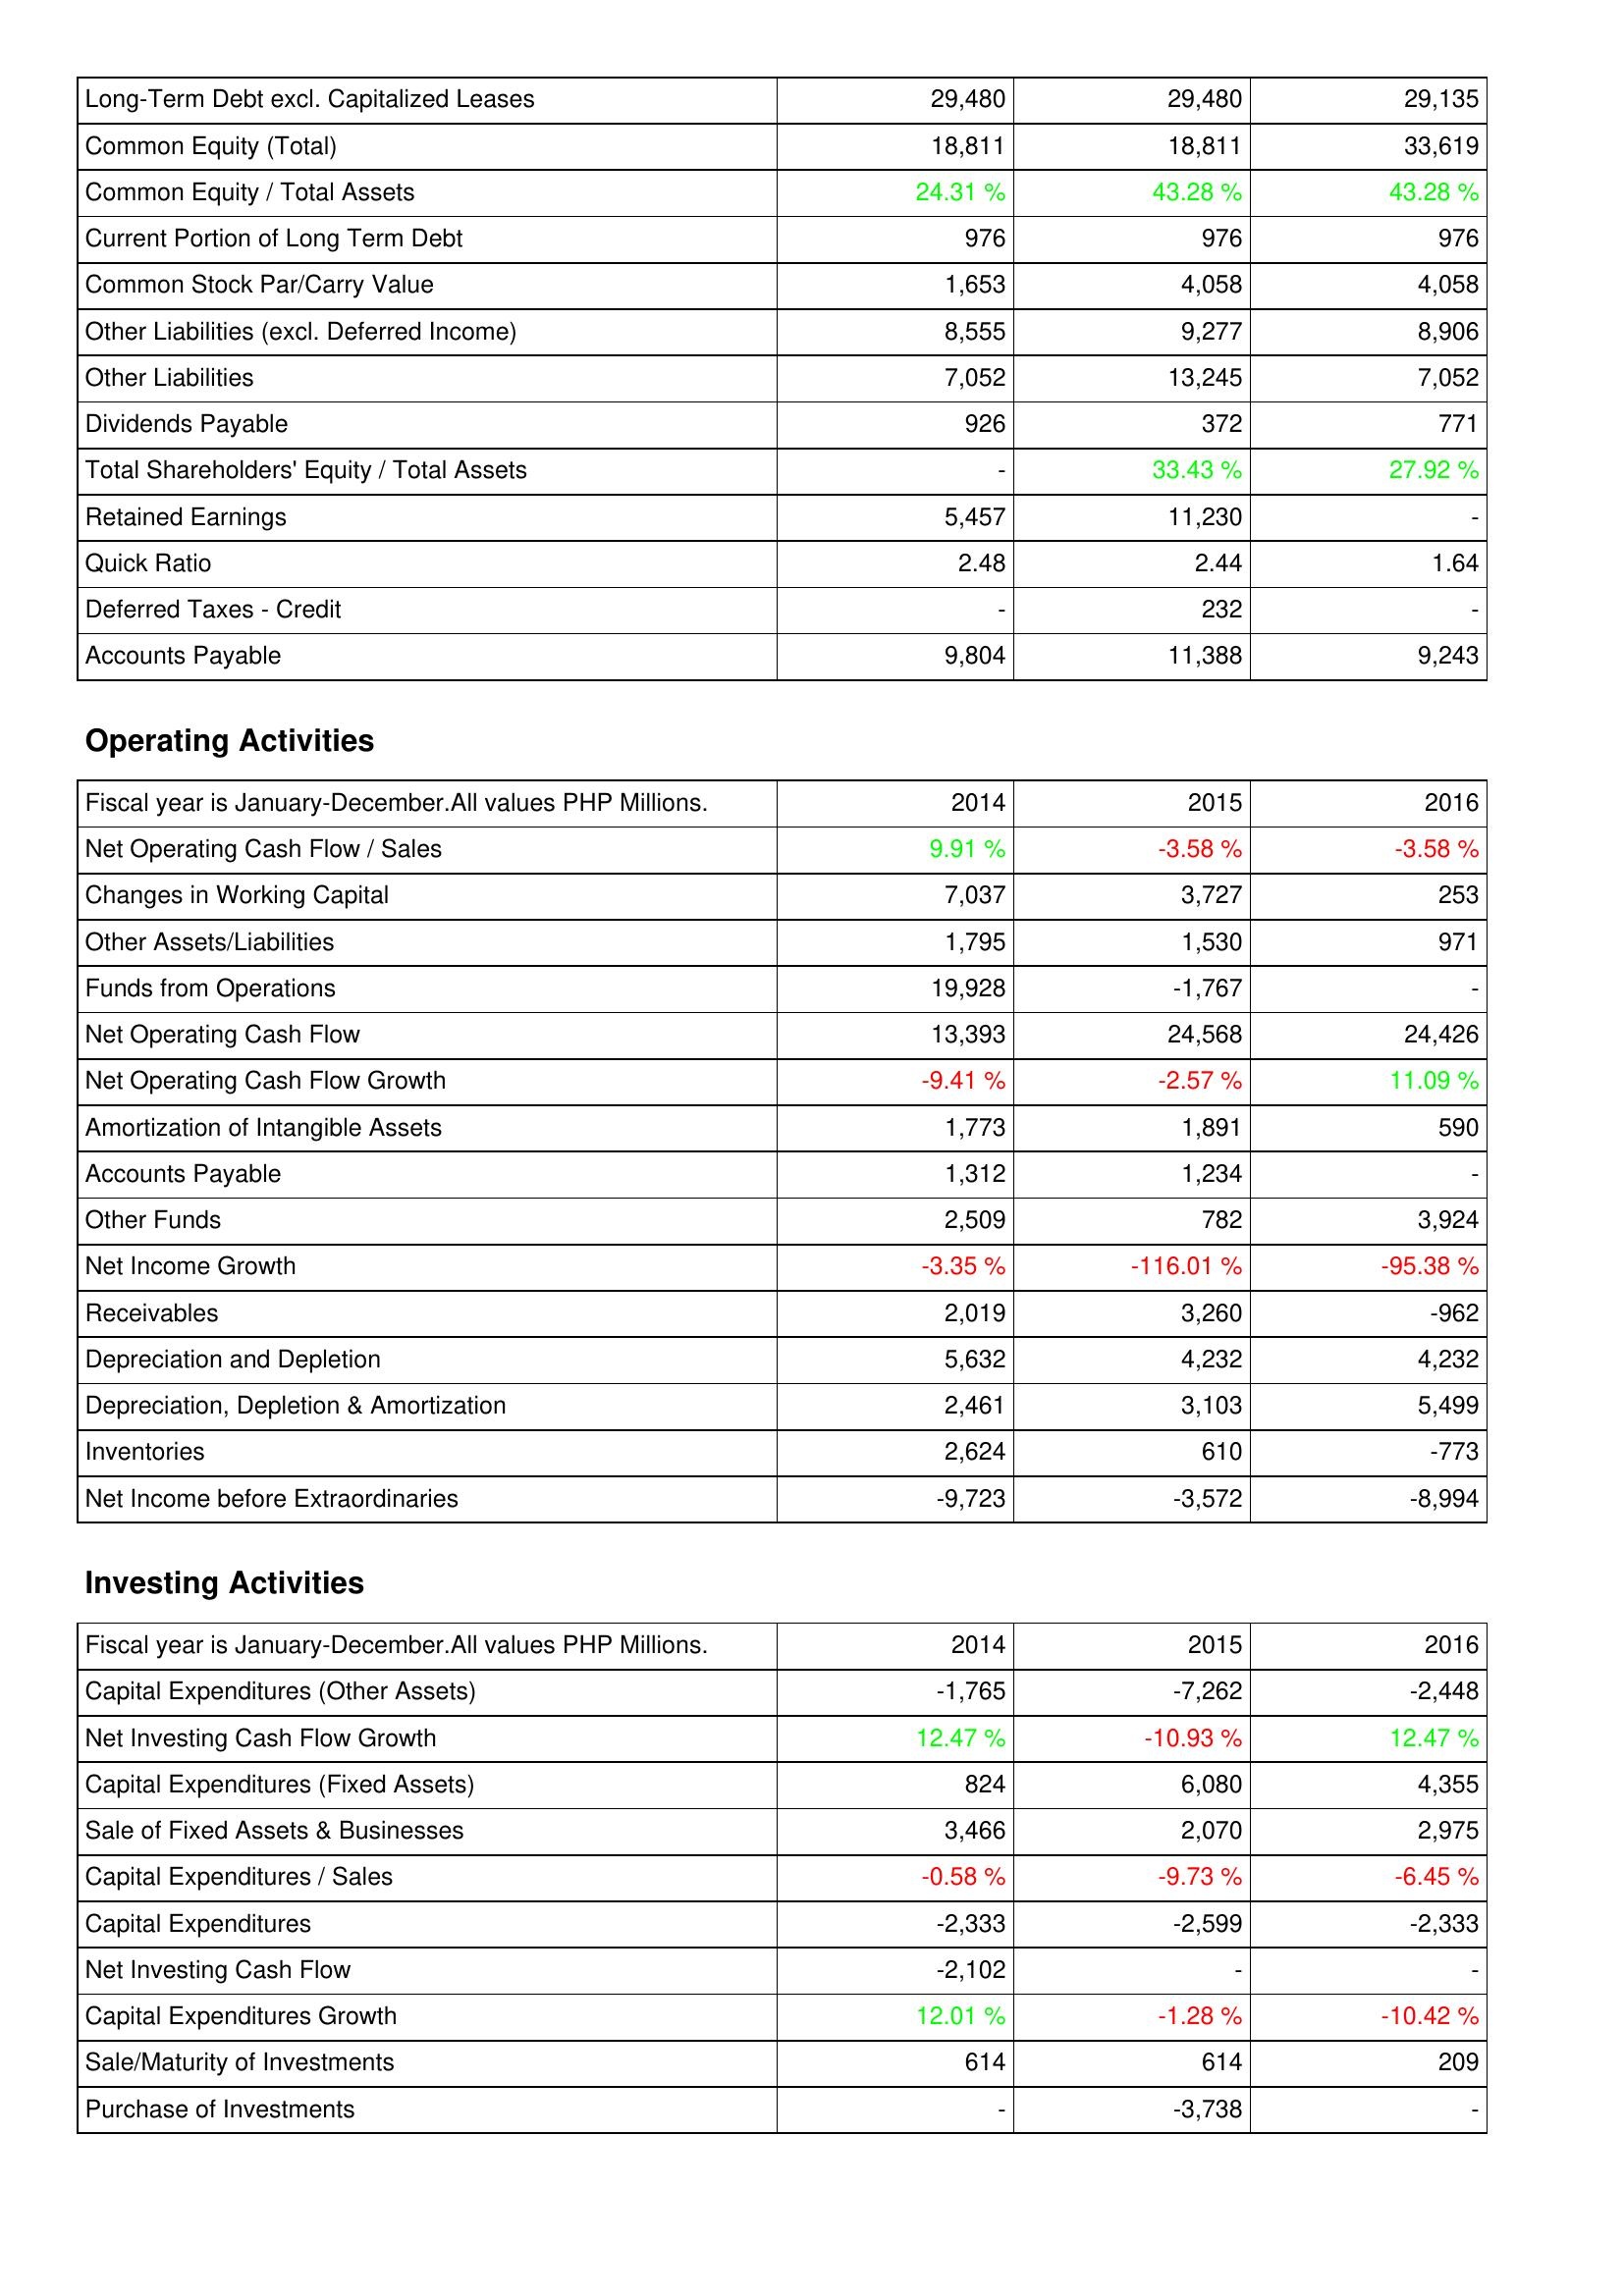
2014: Liabilities & Shareholders' Equity: Long-Term Debt excl. Capitalized Leases: 29,480
Common Equity (Total): 18,811
Common Equity / Total Assets: 24.31 %
Current Portion of Long Term Debt: 976
Common Stock Par/Carry Value: 1,653
Other Liabilities (excl. Deferred Income): 8,555
Other Liabilities: 7,052
Dividends Payable: 926
Total Shareholders' Equity / Total Assets: -
Retained Earnings: 5,457
Quick Ratio: 2.48
Deferred Taxes - Credit: -
Accounts Payable: 9,804
Operating Activities: Net Operating Cash Flow / Sales: 9.91 %
Changes in Working Capital: 7,037
Other Assets/Liabilities: 1,795
Funds from Operations: 19,928
Net Operating Cash Flow: 13,393
Net Operating Cash Flow Growth: -9.41 %
Amortization of Intangible Assets: 1,773
Accounts Payable: 1,312
Other Funds: 2,509
Net Income Growth: -3.35 %
Receivables: 2,019
Depreciation and Depletion: 5,632
Depreciation, Depletion & Amortization: 2,461
Inventories: 2,624
Net Income before Extraordinaries: -9,723
Investing Activities: Capital Expenditures (Other Assets): -1,765
Net Investing Cash Flow Growth: 12.47 %
Capital Expenditures (Fixed Assets): 824
Sale of Fixed Assets & Businesses: 3,466
Capital Expenditures / Sales: -0.58 %
Capital Expenditures: -2,333
Net Investing Cash Flow: -2,102
Capital Expenditures Growth: 12.01 %
Sale/Maturity of Investments: 614
Purchase of Investments: -
2015: Liabilities & Shareholders' Equity: Long-Term Debt excl. Capitalized Leases: 29,480
Common Equity (Total): 18,811
Common Equity / Total Assets: 43.28 %
Current Portion of Long Term Debt: 976
Common Stock Par/Carry Value: 4,058
Other Liabilities (excl. Deferred Income): 9,277
Other Liabilities: 13,245
Dividends Payable: 372
Total Shareholders' Equity / Total Assets: 33.43 %
Retained Earnings: 11,230
Quick Ratio: 2.44
Deferred Taxes - Credit: 232
Accounts Payable: 11,388
Operating Activities: Net Operating Cash Flow / Sales: -3.58 %
Changes in Working Capital: 3,727
Other Assets/Liabilities: 1,530
Funds from Operations: -1,767
Net Operating Cash Flow: 24,568
Net Operating Cash Flow Growth: -2.57 %
Amortization of Intangible Assets: 1,891
Accounts Payable: 1,234
Other Funds: 782
Net Income Growth: -116.01 %
Receivables: 3,260
Depreciation and Depletion: 4,232
Depreciation, Depletion & Amortization: 3,103
Inventories: 610
Net Income before Extraordinaries: -3,572
Investing Activities: Capital Expenditures (Other Assets): -7,262
Net Investing Cash Flow Growth: -10.93 %
Capital Expenditures (Fixed Assets): 6,080
Sale of Fixed Assets & Businesses: 2,070
Capital Expenditures / Sales: -9.73 %
Capital Expenditures: -2,599
Net Investing Cash Flow: -
Capital Expenditures Growth: -1.28 %
Sale/Maturity of Investments: 614
Purchase of Investments: -3,738
2016: Liabilities & Shareholders' Equity: Long-Term Debt excl. Capitalized Leases: 29,135
Common Equity (Total): 33,619
Common Equity / Total Assets: 43.28 %
Current Portion of Long Term Debt: 976
Common Stock Par/Carry Value: 4,058
Other Liabilities (excl. Deferred Income): 8,906
Other Liabilities: 7,052
Dividends Payable: 771
Total Shareholders' Equity / Total Assets: 27.92 %
Retained Earnings: -
Quick Ratio: 1.64
Deferred Taxes - Credit: -
Accounts Payable: 9,243
Operating Activities: Net Operating Cash Flow / Sales: -3.58 %
Changes in Working Capital: 253
Other Assets/Liabilities: 971
Funds from Operations: -
Net Operating Cash Flow: 24,426
Net Operating Cash Flow Growth: 11.09 %
Amortization of Intangible Assets: 590
Accounts Payable: -
Other Funds: 3,924
Net Income Growth: -95.38 %
Receivables: -962
Depreciation and Depletion: 4,232
Depreciation, Depletion & Amortization: 5,499
Inventories: -773
Net Income before Extraordinaries: -8,994
Investing Activities: Capital Expenditures (Other Assets): -2,448
Net Investing Cash Flow Growth: 12.47 %
Capital Expenditures (Fixed Assets): 4,355
Sale of Fixed Assets & Businesses: 2,975
Capital Expenditures / Sales: -6.45 %
Capital Expenditures: -2,333
Net Investing Cash Flow: -
Capital Expenditures Growth: -10.42 %
Sale/Maturity of Investments: 209
Purchase of Investments: -